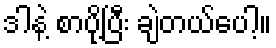
ဒါနဲ့ စာပို့ပြီး ချဲတယ်ပေါ့။